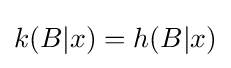
k(B|x)=h(B|x)